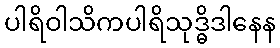
ပါရိဝါသိကပါရိသုဒ္ဓိဒါနေန